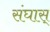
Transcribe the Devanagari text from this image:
संघास्